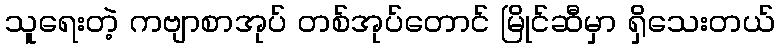
သူရေးတဲ့ ကဗျာစာအုပ် တစ်အုပ်တောင် မြိုင်ဆီမှာ ရှိသေးတယ်